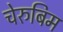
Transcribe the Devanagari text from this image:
चेरुबिम